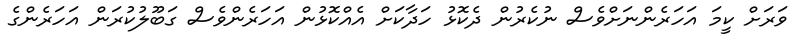
ވަރަށް ކީމަ އަހަރެންނަށްވެސް ނުކެރުން ދެކޮޅު ހަދާކަށް އެއްކޮޅުން އަހަރެންވެސް ގަބޫލުކުރަން އަހަރެންގެ